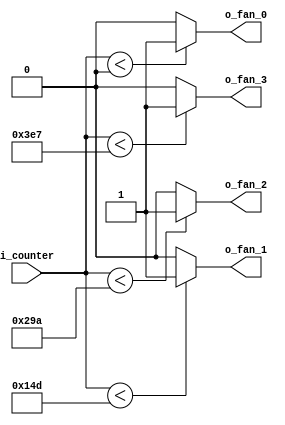
`timescale 1ns / 1ps

module Comparator(
    input [9:0] i_counter,
    output o_fan_0, o_fan_1, o_fan_2, o_fan_3
    );

    /* 
        o_fan_0 :  0%
        o_fan_1 : 33%
        o_fan_2 : 66%
        o_fan_3 : 99%
    */

    assign o_fan_0 = (i_counter < 0)   ? 1'b1 : 1'b0;
    assign o_fan_1 = (i_counter < 333) ? 1'b1 : 1'b0;
    assign o_fan_2 = (i_counter < 666) ? 1'b1 : 1'b0;
    assign o_fan_3 = (i_counter < 999) ? 1'b1 : 1'b0;
endmodule